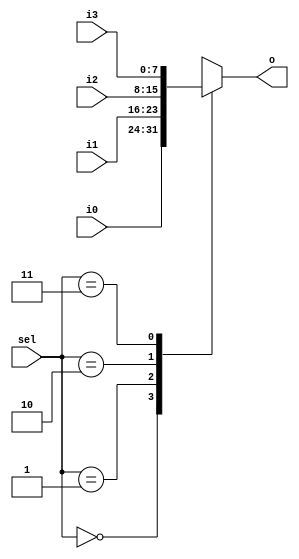
// This program was cloned from: https://github.com/dtysky/FPGA-Imaging-Library
// License: GNU Lesser General Public License v2.1

`timescale 1ns / 1ps
//////////////////////////////////////////////////////////////////////////////////
// Company: None
// 
// Design Name: 
// Module Name: Mux4
// Project Name: 
// Target Devices: 
// Tool Versions: 
// Description: 
// 
// Dependenrgb24es: 
// 
// Revision:
// Revision 0.01 - File Created
// Additional Comments:
// 
//////////////////////////////////////////////////////////////////////////////////


module Mux4(sel, i0, i1, i2, i3, o);

	parameter data_width = 8;

	input[1 : 0] sel;
	input[data_width - 1 : 0] i0;
	input[data_width - 1 : 0] i1;
	input[data_width - 1 : 0] i2;
	input[data_width - 1 : 0] i3;
	output[data_width - 1 : 0] o;
	
	reg[data_width - 1 : 0] reg_o;

	always @(*) begin
		case (sel)
			0 : reg_o <= i0;
			1 : reg_o <= i1;
			2 : reg_o <= i2;
			3 : reg_o <= i3;
			default : /* default */;
		endcase
	end

	assign o = reg_o;

endmodule